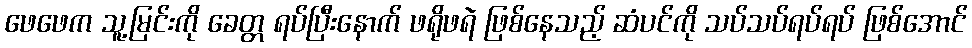
ဖေဖေက သူ့မြင်းကို ခေတ္တ ရပ်ပြီးနောက် ဖရိုဖရဲ ဖြစ်နေသည့် ဆံပင်ကို သပ်သပ်ရပ်ရပ် ဖြစ်အောင်